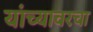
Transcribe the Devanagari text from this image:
यांच्यावरचा